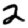
Digit: 2